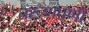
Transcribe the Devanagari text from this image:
तरूणपणी